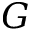
G